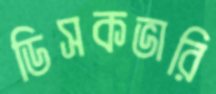
ডিসকভারি